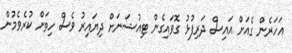
އަހަރެން ގެއަށް އައިސް ދަރިފުޅު ގޮވައިގެން ޓިއުޝަނަށް ދިޔައިރު ވެސް ހިތަށް ކުރެވެމުން